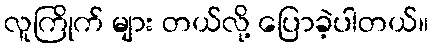
လူကြိုက် များ တယ်လို့ ပြောခဲ့ပါတယ်။